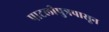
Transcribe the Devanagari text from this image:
पाटलीपुत्रपासून